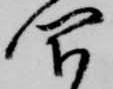
閇